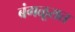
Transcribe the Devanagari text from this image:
बंगळूरात